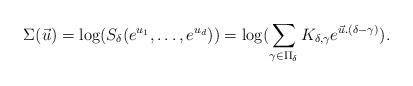
LaTeX: \begin{align*}\Sigma(\vec{u})=\log(S_{\delta}(e^{u_{1}},\dots,e^{u_{d}}))=\log(\sum_{\gamma\in\Pi_{\delta}}K_{\delta,\gamma}e^{\vec{u}.(\delta-\gamma)}).\end{align*}